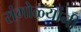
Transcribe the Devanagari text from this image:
रांगोळ्यांनी